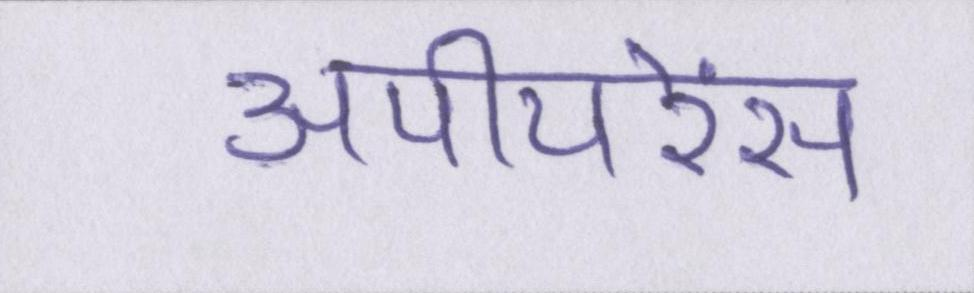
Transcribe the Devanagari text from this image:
अपीयरेंस